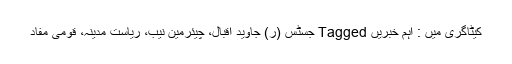
کیٹاگری میں : اہم خبریں Tagged جسٹس (ر) جاوید اقبال، چیئرمین نیب، ریاست مدینہ، قومی مفاد